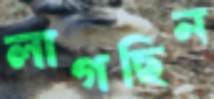
লাগছিন